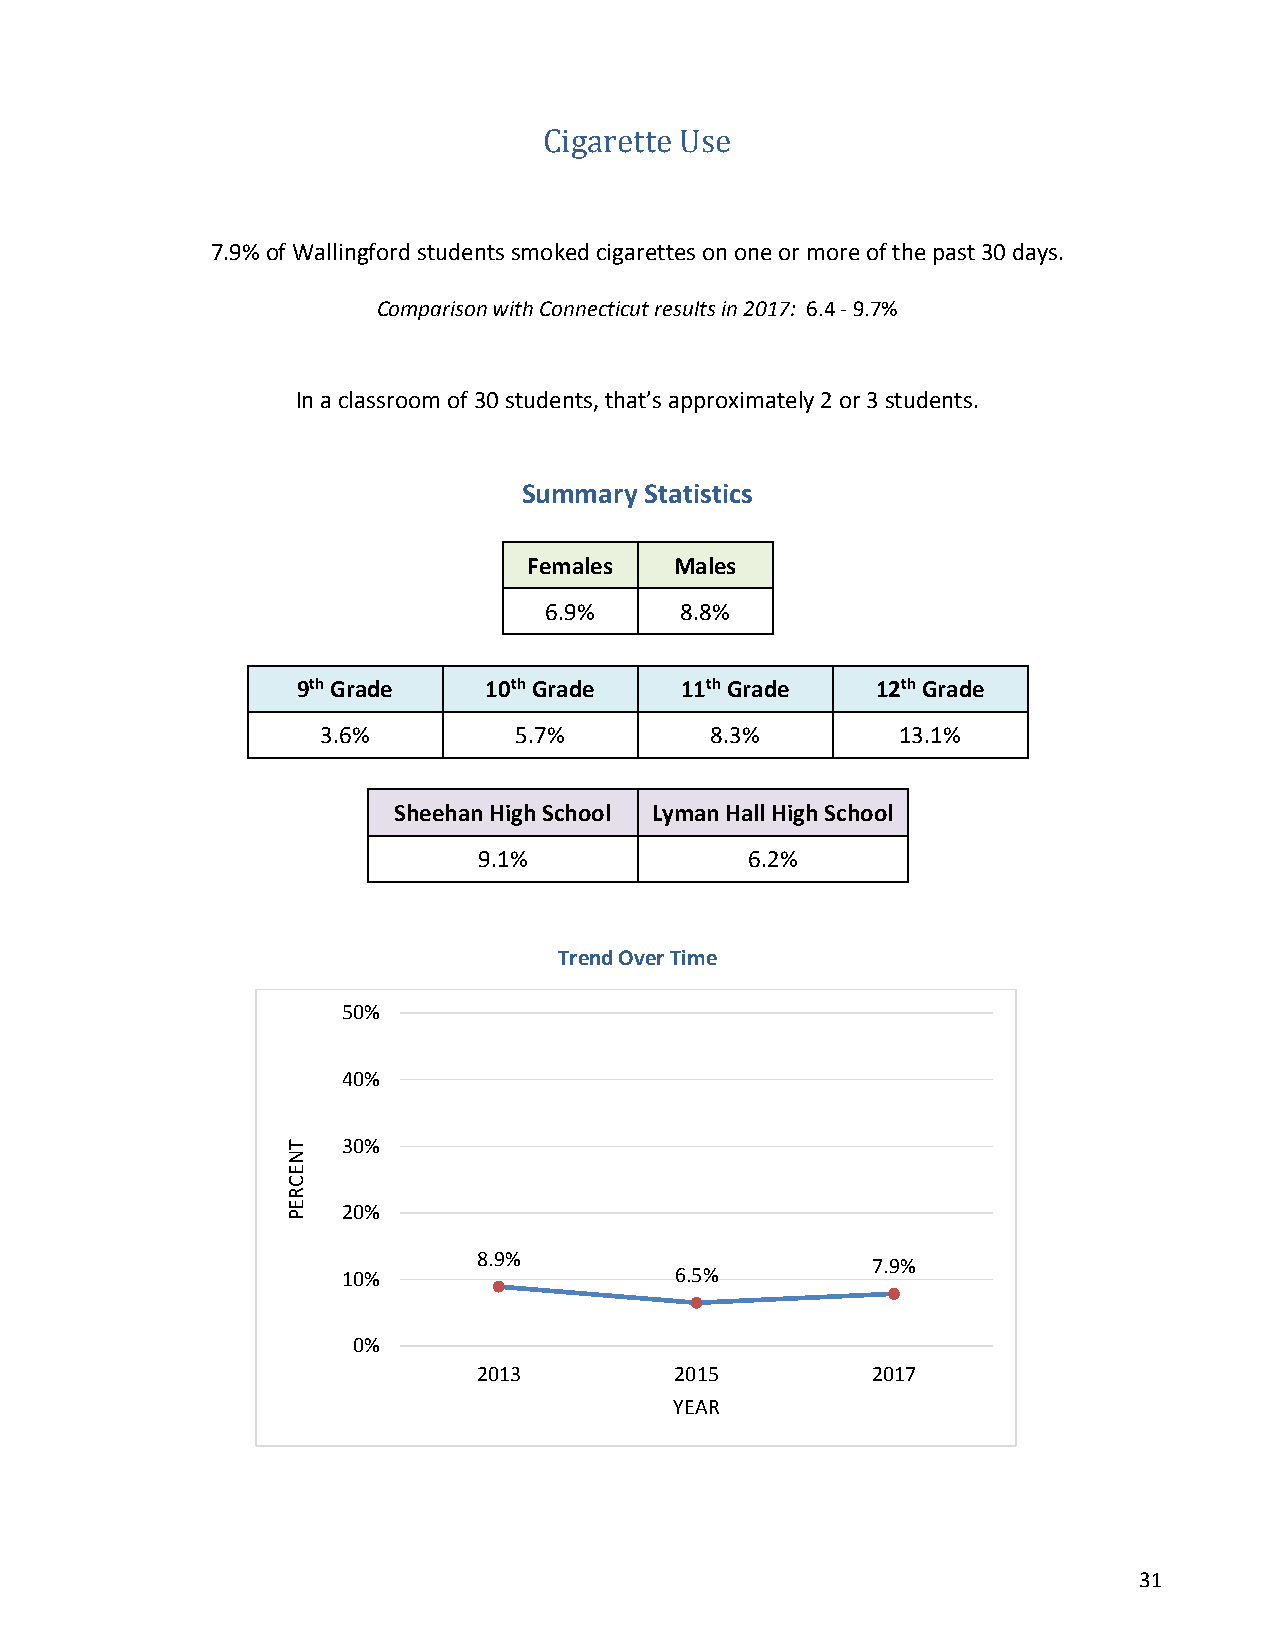
Cigarette Use
 7.9% of Wallingford students smoked cigarettes on one or more of the past 30 days.
 Comparison with Connecticut results in 2017: 6.4 - 9.7%
 In a classroom of 30 students, that’s approximately 2 or 3 students.
 Summary Statistics
 Females   Males
 6.9%     8.8%
 9th Grade   10th Grade   11th Grade   12th Grade
 3.6%         5.7%         8.3%         13.1%
 Sheehan High School Lyman Hall High School
 9.1%              6.2%
 Trend Over Time
 50%
 40%
 30%
 20%
 8.9%
 7.9%
 10%                   6.5%
 0%
 2013         2015         2017
 YEAR
 31
 TNECREP